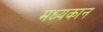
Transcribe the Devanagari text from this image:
मध्यकान